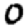
Digit: 0